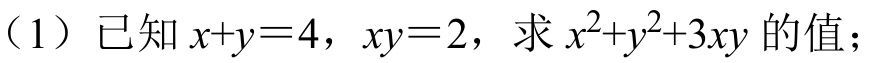
（1）已知\(x + y = 4\)，\(xy = 2\)，求\(x^{2}+y^{2}+3xy\)的值；